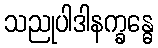
သညုပါဒါနက္ခန္ဓေ